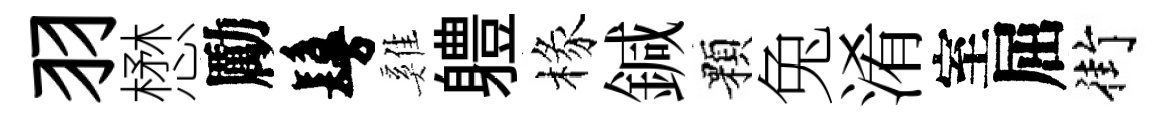
羽懋勵鬘雞軆椽鍼顆兔淆室屈街